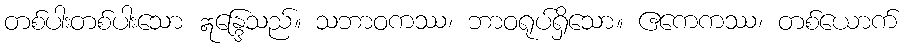
တစ်ပါးတစ်ပါးသော ဣန္ဒြေသည်။ သဘာဝကဿ၊ ဘာဝရုပ်ရှိသော။ ဧကေကဿ၊ တစ်ယောက်